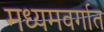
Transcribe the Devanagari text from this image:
मध्यमवर्गात